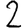
Digit: 2